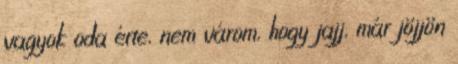
vagyok oda érte, nem várom, hogy jajj, már jöjjön